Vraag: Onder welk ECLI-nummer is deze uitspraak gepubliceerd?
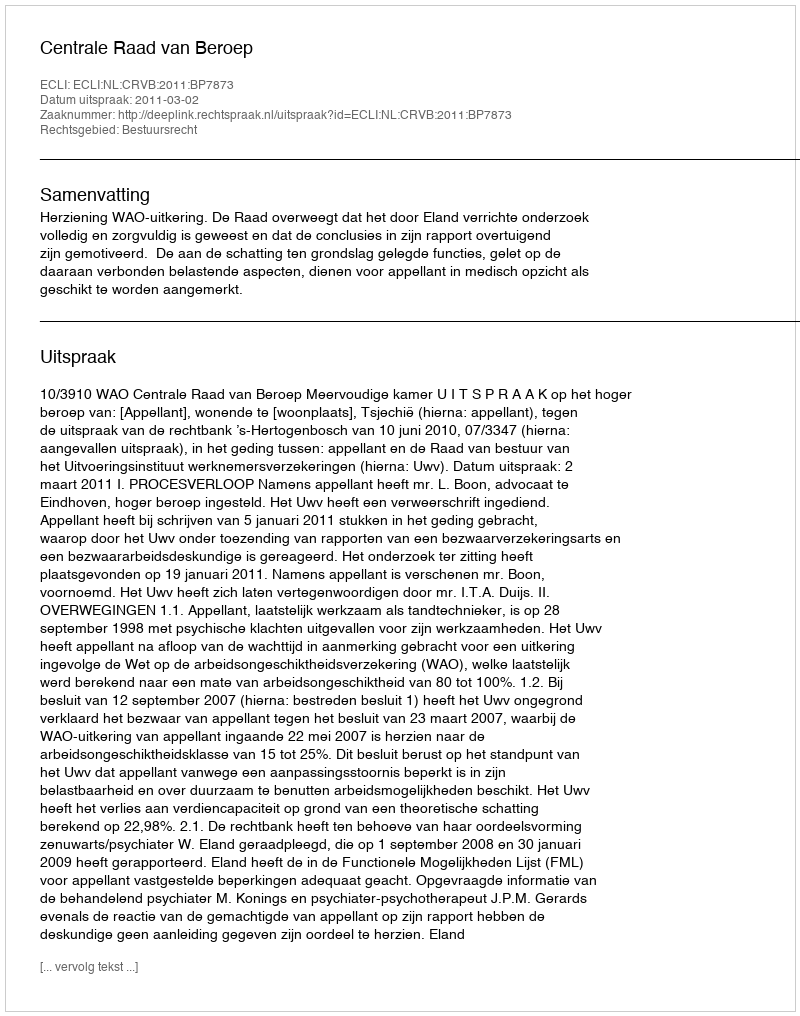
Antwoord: ECLI:NL:CRVB:2011:BP7873